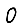
Digit: 0